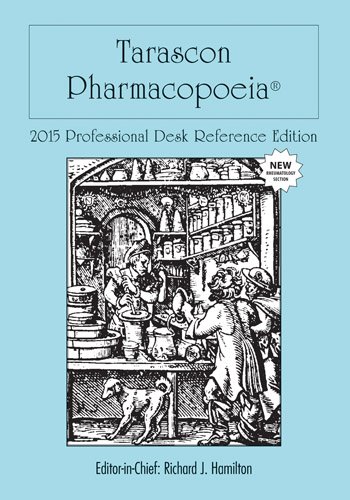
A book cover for Tarascon Pharmacopoeia 2015 Professional Desk Reference Edition; MD, FAAEM, FACMT, FACEP, Editor in Chief, Richard J. Hamilton; Medical Books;